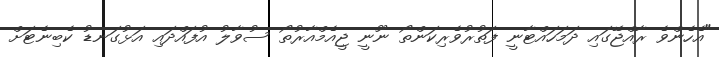
"އެހެންވެ ރާއްޖޭގައި ދަމަހައްޓާނީ ފަތުރުވެރިކަންތޯ ނޫނީ ޖީއެމްއާރުތޯ ސުވާލު އުފައްދައި އަޅުގަނޑު ކެބިނެޓަށް